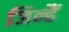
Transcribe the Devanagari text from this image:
जिन्हैं